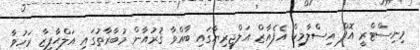
މިނިސްޓްރީ އޮފް އިސްލާމިކް އެފެއާޒް އަލްޖީރިޔާގައި ބާއްވާ ޤުރުއާން މުބާރާތުގައި އަލްޙާފިޒާ ރަހުވާ